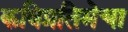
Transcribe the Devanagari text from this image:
कविप्रतिमेचा